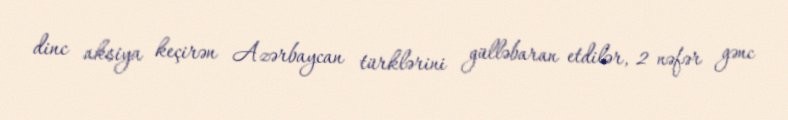
dinc aksiya keçirən Azərbaycan türklərini gülləbaran etdilər, 2 nəfər gənc